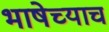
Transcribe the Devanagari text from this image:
भाषेच्याच